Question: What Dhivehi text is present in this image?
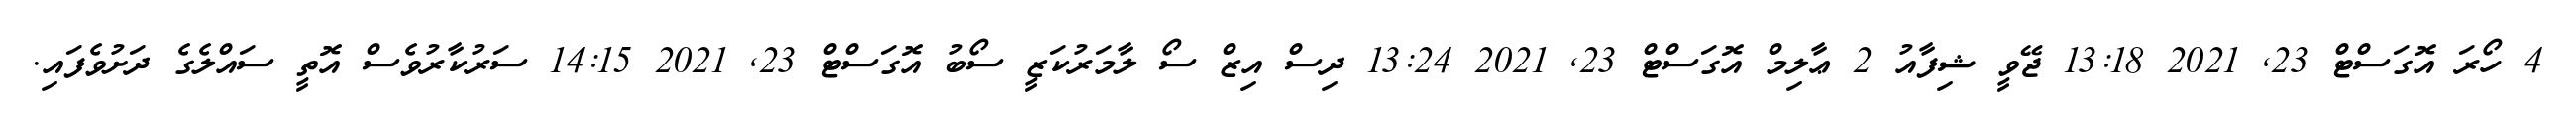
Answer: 4 ހޯރަ އޮގަސްޓް 23, 2021 13:18 ޖޭވީ ޝިފާއު 2 ޢާލިމް އޮގަސްޓް 23, 2021 13:24 ދިސް އިޒް ސޯ ލާމަރުކަޒީ ސޯބު އޮގަސްޓް 23, 2021 14:15 ސަރުކާރުވެސް އޮތީ ސައްލެގެ ދަށުވެފައި.